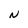
Character: N